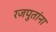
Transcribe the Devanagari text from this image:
रजपुतांना